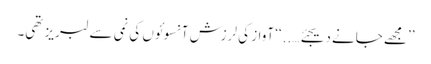
’’مجھے جانے دیجئے…..‘‘ آواز کی لرزش آنسوئوں کی نمی سے لبریز تھی۔